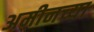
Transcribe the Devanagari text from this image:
अमीनच्या